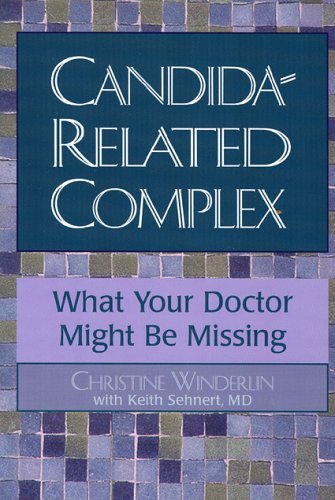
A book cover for Candida-Related Complex: What Your Doctor Might Be Missing; Christine Winderlin; Health, Fitness & Dieting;